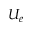
U _ { e }